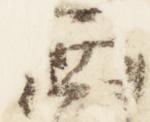
西